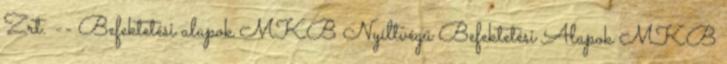
Zrt. -- Befektetési alapok MKB Nyíltvégű Befektetési Alapok MKB